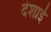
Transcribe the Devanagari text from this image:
देशाई